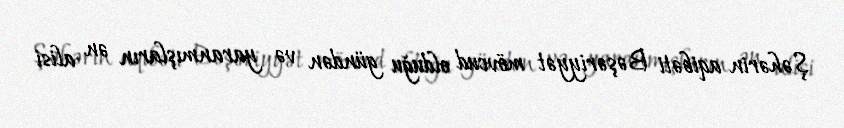
Şəhərin aqibəti Bəşəriyyət mövcud olduğu gündən və yaranmışların ən alisi